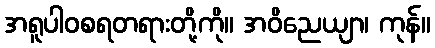
အရူပါဝစရတရားတို့ကို။ အဝိညေယျာ၊ ကုန်။